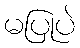
မပြုပဲ